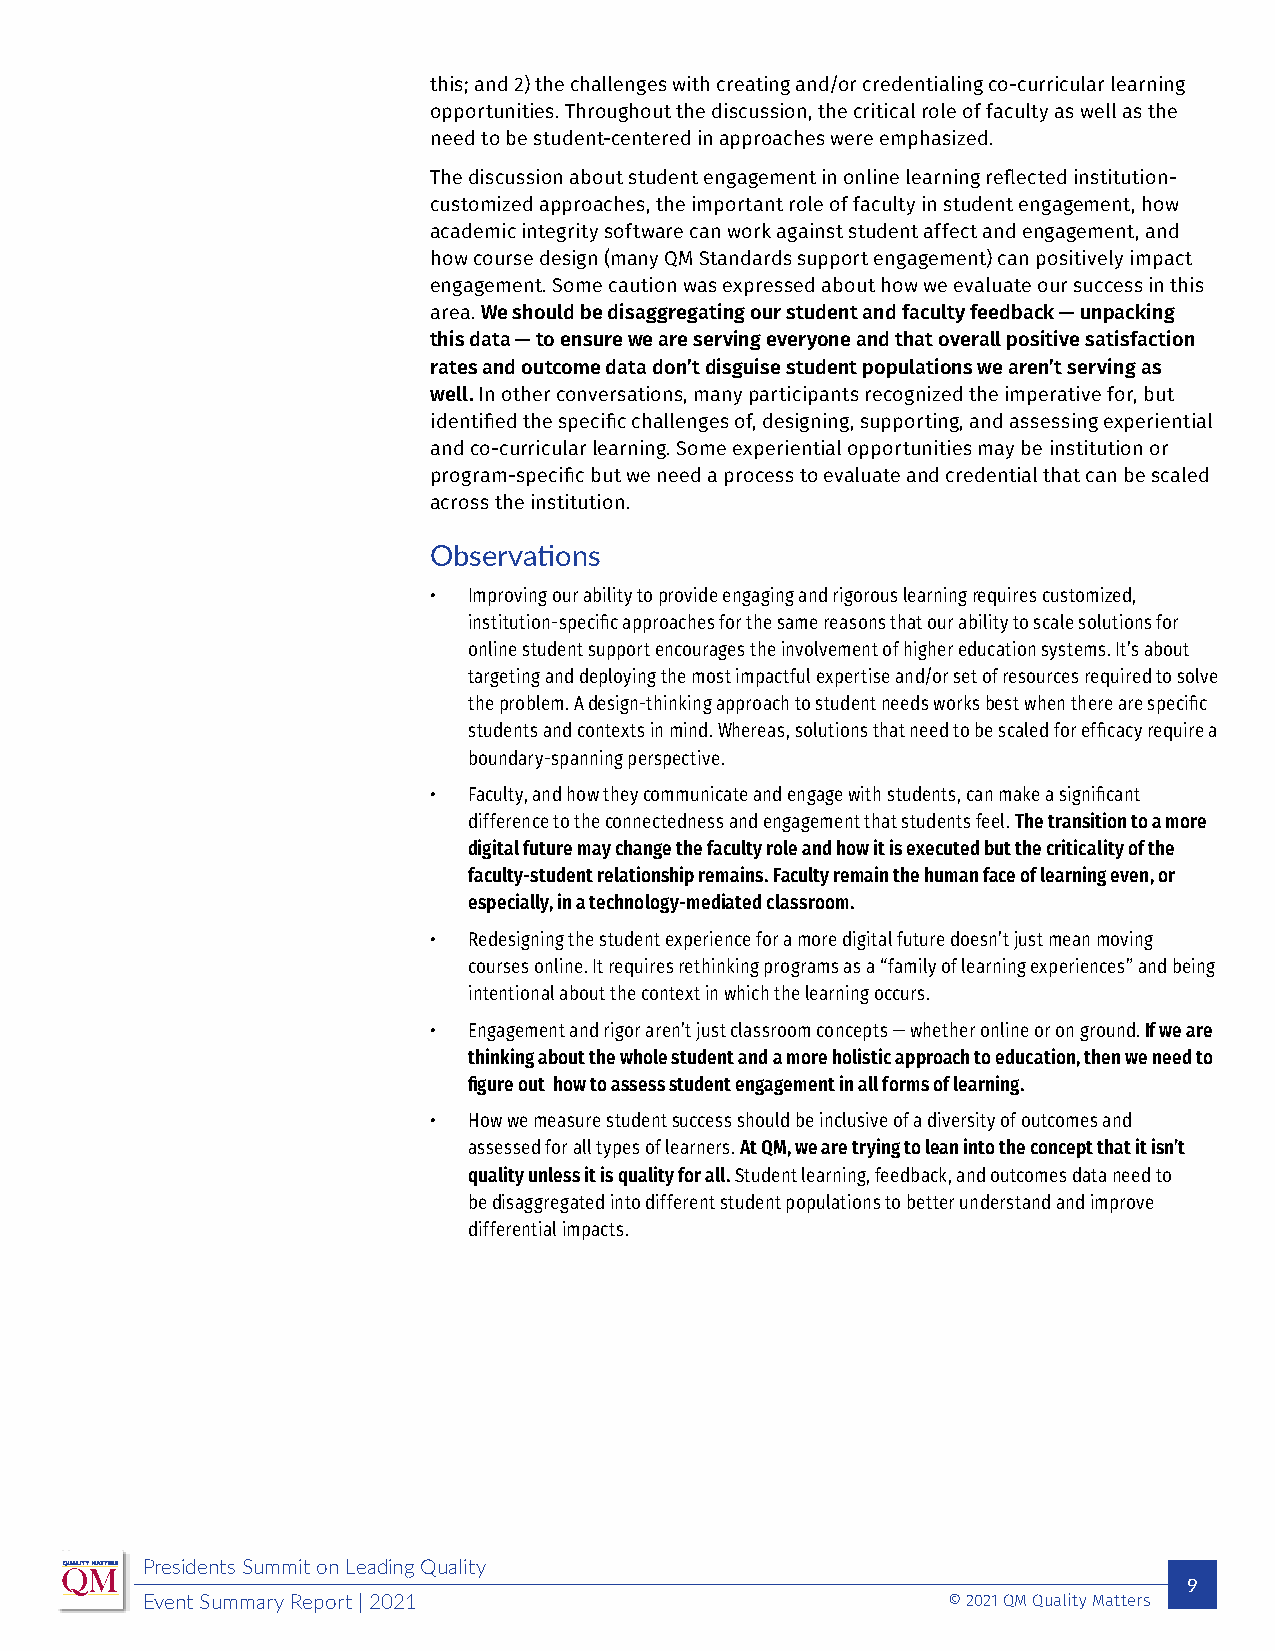
this; and 2) the challenges with creating and/or credentialing co-curricular learning
 opportunities. Throughout the discussion, the critical role of faculty as well as the
 need to be student-centered in approaches were emphasized.
 The discussion about student engagement in online learning reflected institution-
 customized approaches, the important role of faculty in student engagement, how
 academic integrity software can work against student affect and engagement, and
 how course design (many QM Standards support engagement) can positively impact
 engagement. Some caution was expressed about how we evaluate our success in this
 area. We should be disaggregating our student and faculty feedback — unpacking
 this data — to ensure we are serving everyone and that overall positive satisfaction
 rates and outcome data don’t disguise student populations we aren’t serving as
 well. In other conversations, many participants recognized the imperative for, but
 identified the specific challenges of, designing, supporting, and assessing experiential
 and co-curricular learning. Some experiential opportunities may be institution or
 program-specific but we need a process to evaluate and credential that can be scaled
 across the institution.
 Observations
 • Improving our ability to provide engaging and rigorous learning requires customized,
 institution-specific approaches for the same reasons that our ability to scale solutions for
 online student support encourages the involvement of higher education systems. It’s about
 targeting and deploying the most impactful expertise and/or set of resources required to solve
 the problem. A design-thinking approach to student needs works best when there are specific
 students and contexts in mind. Whereas, solutions that need to be scaled for efficacy require a
 boundary-spanning perspective.
 • Faculty, and how they communicate and engage with students, can make a significant
 difference to the connectedness and engagement that students feel. The transition to a more
 digital future may change the faculty role and how it is executed but the criticality of the
 faculty-student relationship remains. Faculty remain the human face of learning even, or
 especially, in a technology-mediated classroom.
 • Redesigning the student experience for a more digital future doesn’t just mean moving
 courses online. It requires rethinking programs as a “family of learning experiences” and being
 intentional about the context in which the learning occurs.
 • Engagement and rigor aren’t just classroom concepts — whether online or on ground. If we are
 thinking about the whole student and a more holistic approach to education, then we need to
 figure out how to assess student engagement in all forms of learning.
 • How we measure student success should be inclusive of a diversity of outcomes and
 assessed for all types of learners. At QM, we are trying to lean into the concept that it isn’t
 quality unless it is quality for all. Student learning, feedback, and outcomes data need to
 be disaggregated into different student populations to better understand and improve
 differential impacts.
 Presidents Summit on Leading Quality
 9
 Event Summary Report | 2021                           © 2021 QM Quality Matters